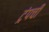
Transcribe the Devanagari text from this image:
ट्रंपची